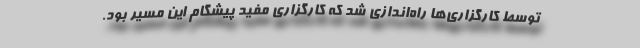
توسط کارگزاری‌ها راه‌اندازی شد که کارگزاری مفید پیشگام این مسیر بود.